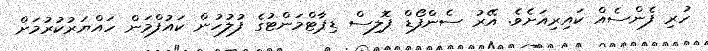
ހުރި ފެންސެއް ކައިރިއަށެވެ. އޭރު ސެންފޯޑް ޕޮލިސް ޑިޕާޓްމަންޓުގެ ފުލުހުން ކައުފްމަން ހައްޔަރުކުރުމަށް